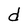
Character: d